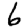
Digit: 6